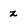
Character: z